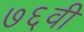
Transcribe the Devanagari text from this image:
७६वी